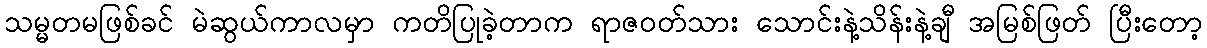
သမ္မတမဖြစ်ခင် မဲဆွယ်ကာလမှာ ကတိပြုခဲ့တာက ရာဇဝတ်သား သောင်းနဲ့သိန်းနဲ့ချီ အမြစ်ဖြတ် ပြီးတော့